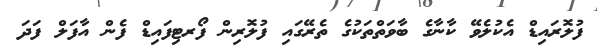
ފުލޮރައިޑް އެކުލެވޭ ކާނާގެ ބާވަތްތަކުގެ ތެރޭގައި ފުލޮރިން ފޯރޓިފައިޑް ފެން އާފަލް ފަދަ